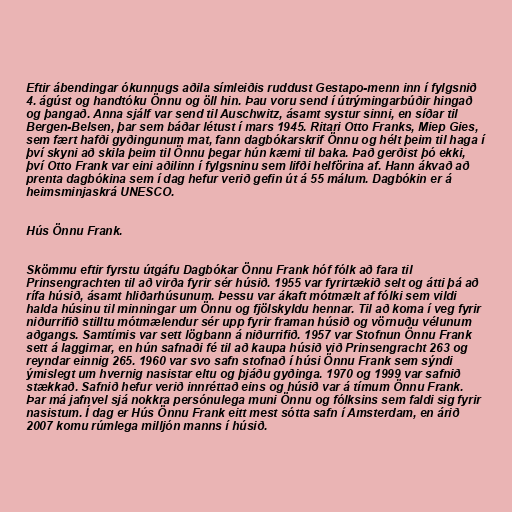
Eftir ábendingar ókunnugs aðila símleiðis ruddust Gestapo-menn inn í fylgsnið
4. ágúst og handtóku Önnu og öll hin. Þau voru send í útrýmingarbúðir hingað
og þangað. Anna sjálf var send til Auschwitz, ásamt systur sinni, en síðar til
Bergen-Belsen, þar sem báðar létust í mars 1945. Ritari Otto Franks, Miep Gies,
sem fært hafði gyðingunum mat, fann dagbókarskrif Önnu og hélt þeim til haga í
því skyni að skila þeim til Önnu þegar hún kæmi til baka. Það gerðist þó ekki,
því Otto Frank var eini aðilinn í fylgsninu sem lifði helförina af. Hann ákvað að
prenta dagbókina sem í dag hefur verið gefin út á 55 málum. Dagbókin er á
heimsminjaskrá UNESCO.

Hús Önnu Frank.

Skömmu eftir fyrstu útgáfu Dagbókar Önnu Frank hóf fólk að fara til
Prinsengrachten til að virða fyrir sér húsið. 1955 var fyrirtækið selt og átti þá að
rífa húsið, ásamt hliðarhúsunum. Þessu var ákaft mótmælt af fólki sem vildi
halda húsinu til minningar um Önnu og fjölskyldu hennar. Til að koma í veg fyrir
niðurrifið stilltu mótmælendur sér upp fyrir framan húsið og vörnuðu vélunum
aðgangs. Samtímis var sett lögbann á niðurrifið. 1957 var Stofnun Önnu Frank
sett á laggirnar, en hún safnaði fé til að kaupa húsið við Prinsengracht 263 og
reyndar einnig 265. 1960 var svo safn stofnað í húsi Önnu Frank sem sýndi
ýmislegt um hvernig nasistar eltu og þjáðu gyðinga. 1970 og 1999 var safnið
stækkað. Safnið hefur verið innréttað eins og húsið var á tímum Önnu Frank.
Þar má jafnvel sjá nokkra persónulega muni Önnu og fólksins sem faldi sig fyrir
nasistum. Í dag er Hús Önnu Frank eitt mest sótta safn í Amsterdam, en árið
2007 komu rúmlega milljón manns í húsið.